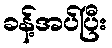
ခန့်အပ်ပြီး